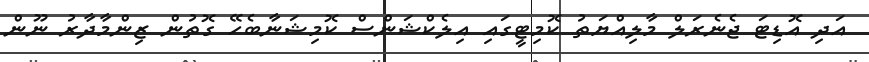
އަދި އޮޑިޓަ ޖެނެރަލް މާލިއްޔަތު ކޮމިޓީގައި އިލެކްޝަންސް ކޮމިޝަނާބެހޭ ގޮތުން ޒިންމާދާރު ނޫން